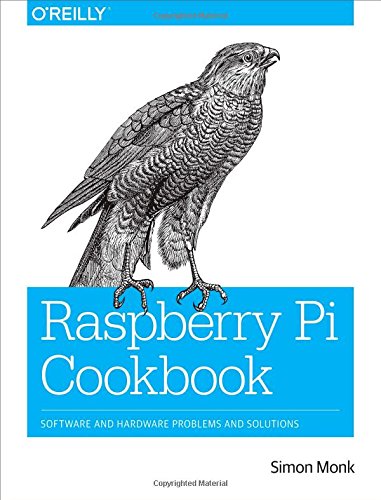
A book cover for Raspberry Pi Cookbook; Simon Monk; Engineering & Transportation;